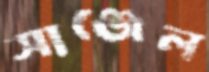
সাঞ্জেল